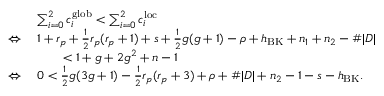
\begin{array} { r l } & { \sum _ { i = 0 } ^ { 2 } c _ { i } ^ { \mathrm { g l o b } } < \sum _ { i = 0 } ^ { 2 } c _ { i } ^ { \mathrm { l o c } } } \\ { \Leftrightarrow \; } & { 1 + r _ { p } + \frac 1 2 r _ { p } ( r _ { p } + 1 ) + s + \frac 1 2 g ( g + 1 ) - \rho + h _ { \mathrm { B K } } + n _ { 1 } + n _ { 2 } - \# | D | } \\ & { \qquad < 1 + g + 2 g ^ { 2 } + n - 1 } \\ { \Leftrightarrow \; } & { 0 < \frac 1 2 g ( 3 g + 1 ) - \frac 1 2 r _ { p } ( r _ { p } + 3 ) + \rho + \# | D | + n _ { 2 } - 1 - s - h _ { \mathrm { B K } } . } \end{array}